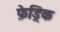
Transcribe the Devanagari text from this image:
फ़ेड्रिक